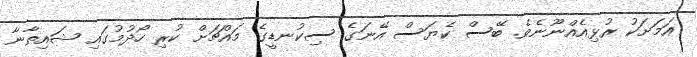
އަމަށަކު ރުޅިއެއްނޫނެވެ. ބޭސް ކެޔަސް އޭނަގެ ސިކުނޑީގެ މައްޗަށް ކުރި ހޯދުމުގައި ޝައިތާނާ